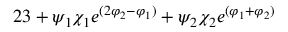
{ 2 \o 3 } + \psi _ { 1 } \chi _ { 1 } e ^ { \b ( 2 \varphi _ { 2 } - \varphi _ { 1 } ) } + \psi _ { 2 } \chi _ { 2 } e ^ { \b ( \varphi _ { 1 } + \varphi _ { 2 } ) }